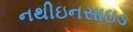
નથીઇનસાઇડ